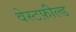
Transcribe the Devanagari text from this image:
वेस्टफ़ील्ड